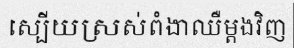
ស្បើយស្រស់ពំងាឈឺម្តងវិញ